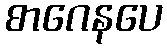
စာဂေနပေ